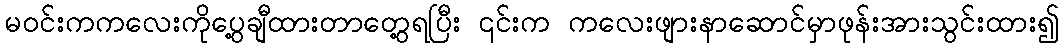
မဝင်းကကလေးကိုပွေ့ချီထားတာတွေ့ရပြီး ၎င်းက ကလေးဖျားနာဆောင်မှာဖုန်းအားသွင်းထား၍